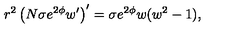
r ^ { 2 } \left( N \sigma e ^ { 2 \phi } w ^ { \prime } \right) ^ { \prime } = \sigma e ^ { 2 \phi } w ( w ^ { 2 } - 1 ) ,